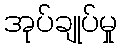
အုပ်ချုပ်မှု